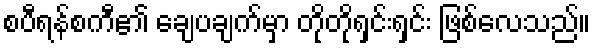
စပီရန်စကီ၏ ချေပချက်မှာ တိုတိုရှင်းရှင်း ဖြစ်လေသည်။